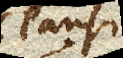
clausi